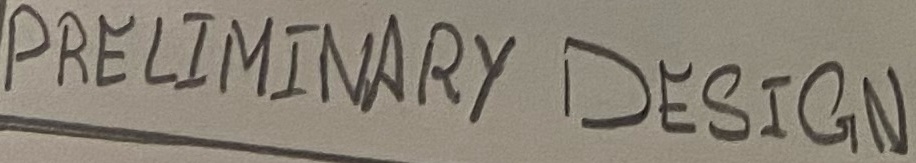
Text: PRELIMINARY DESIGN